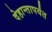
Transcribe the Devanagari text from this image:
देहान्तापर्यंत